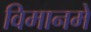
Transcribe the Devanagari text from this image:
विमानमें